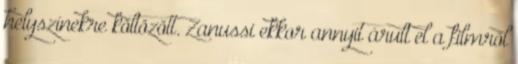
helyszínekre költözött. Zanussi ekkor annyit árult el a filmről